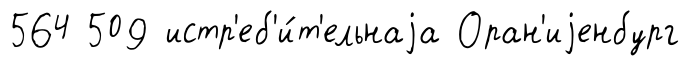
564 509 истр'еб'и́т'ельнаjа Оран'иjенбург